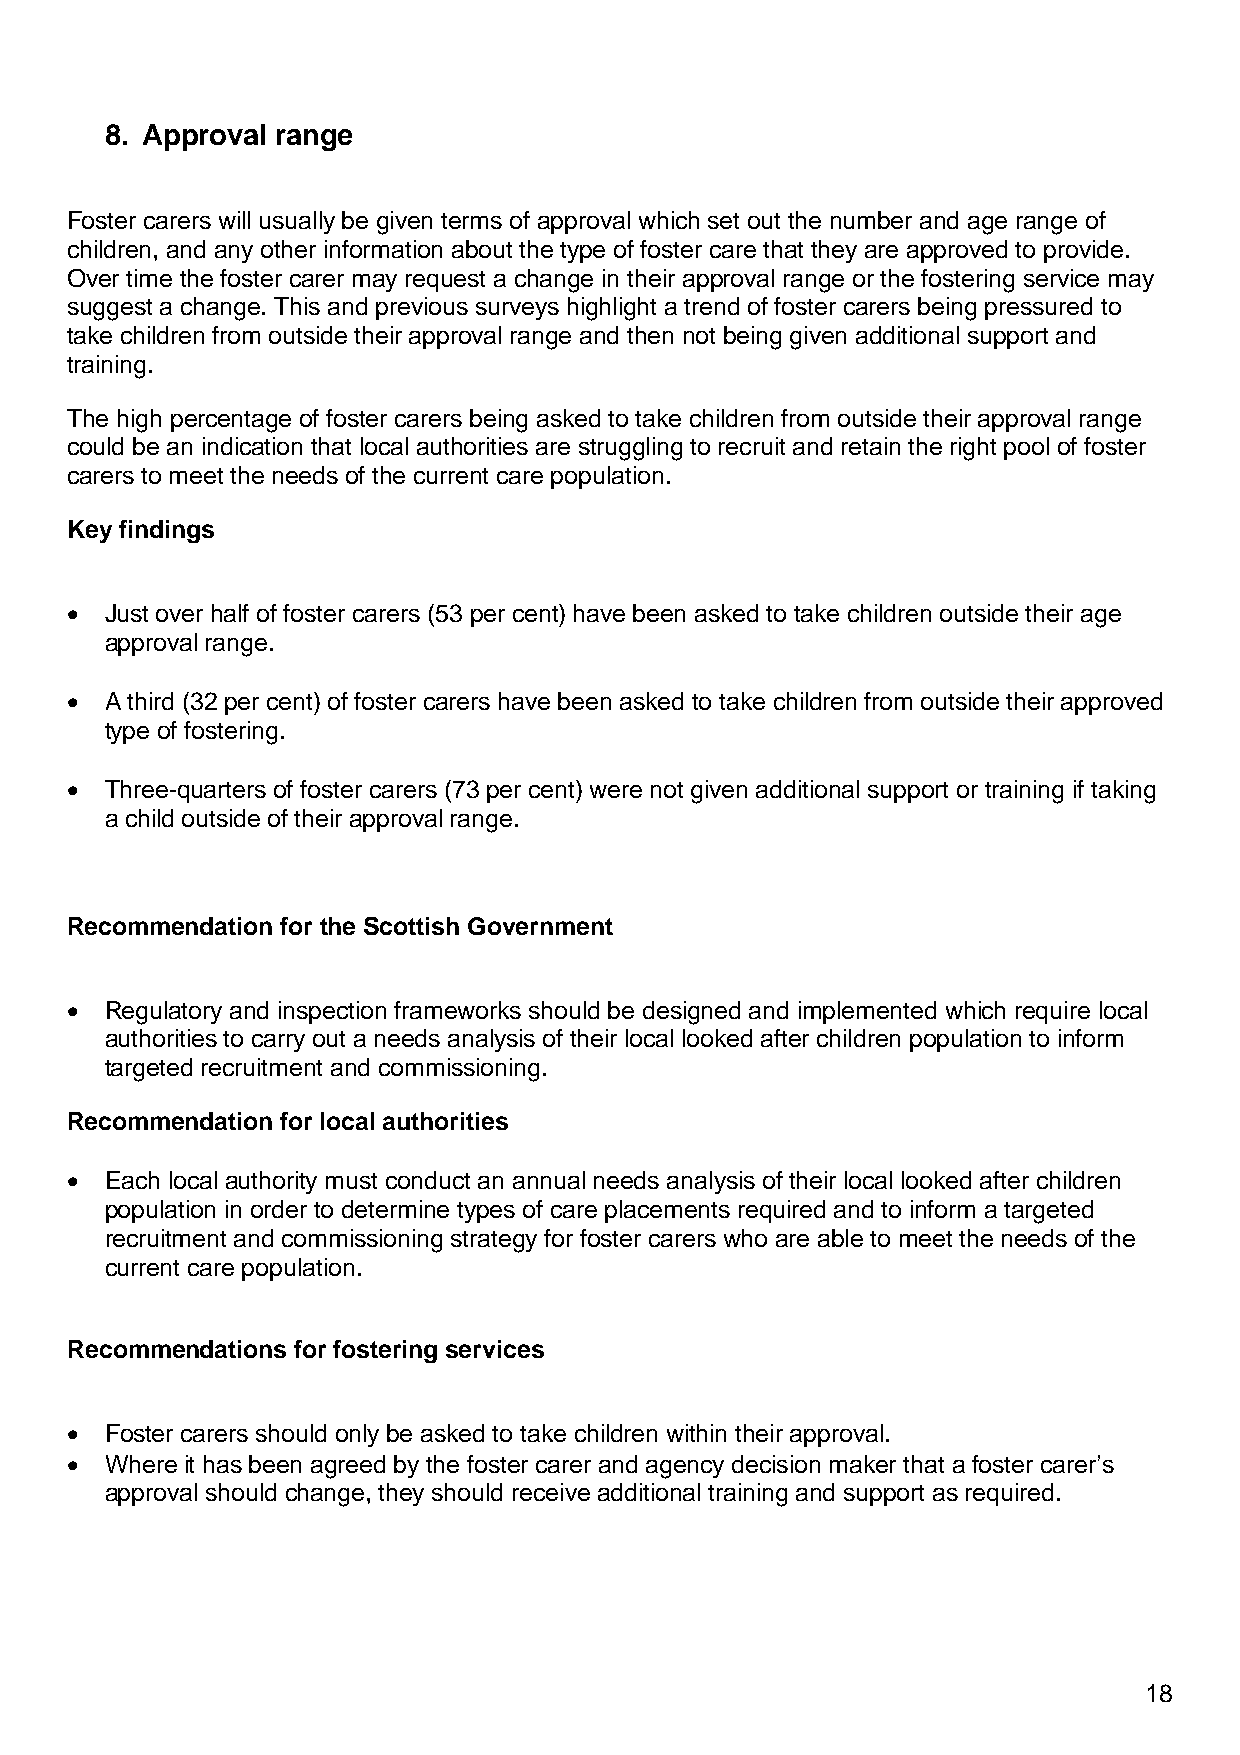
8. Approval range
 Foster carers will usually be given terms of approval which set out the number and age range of
 children, and any other information about the type of foster care that they are approved to provide.
 Over time the foster carer may request a change in their approval range or the fostering service may
 suggest a change. This and previous surveys highlight a trend of foster carers being pressured to
 take children from outside their approval range and then not being given additional support and
 training.
 The high percentage of foster carers being asked to take children from outside their approval range
 could be an indication that local authorities are struggling to recruit and retain the right pool of foster
 carers to meet the needs of the current care population.
 Key findings
 •  Just over half of foster carers (53 per cent) have been asked to take children outside their age
 approval range.
 •  A third (32 per cent) of foster carers have been asked to take children from outside their approved
 type of fostering.
 •  Three-quarters of foster carers (73 per cent) were not given additional support or training if taking
 a child outside of their approval range.
 Recommendation for the Scottish Government
 •  Regulatory and inspection frameworks should be designed and implemented which require local
 authorities to carry out a needs analysis of their local looked after children population to inform
 targeted recruitment and commissioning.
 Recommendation for local authorities
 •  Each local authority must conduct an annual needs analysis of their local looked after children
 population in order to determine types of care placements required and to inform a targeted
 recruitment and commissioning strategy for foster carers who are able to meet the needs of the
 current care population.
 Recommendations for fostering services
 •  Foster carers should only be asked to take children within their approval.
 •  Where it has been agreed by the foster carer and agency decision maker that a foster carer’s
 approval should change, they should receive additional training and support as required.
 18